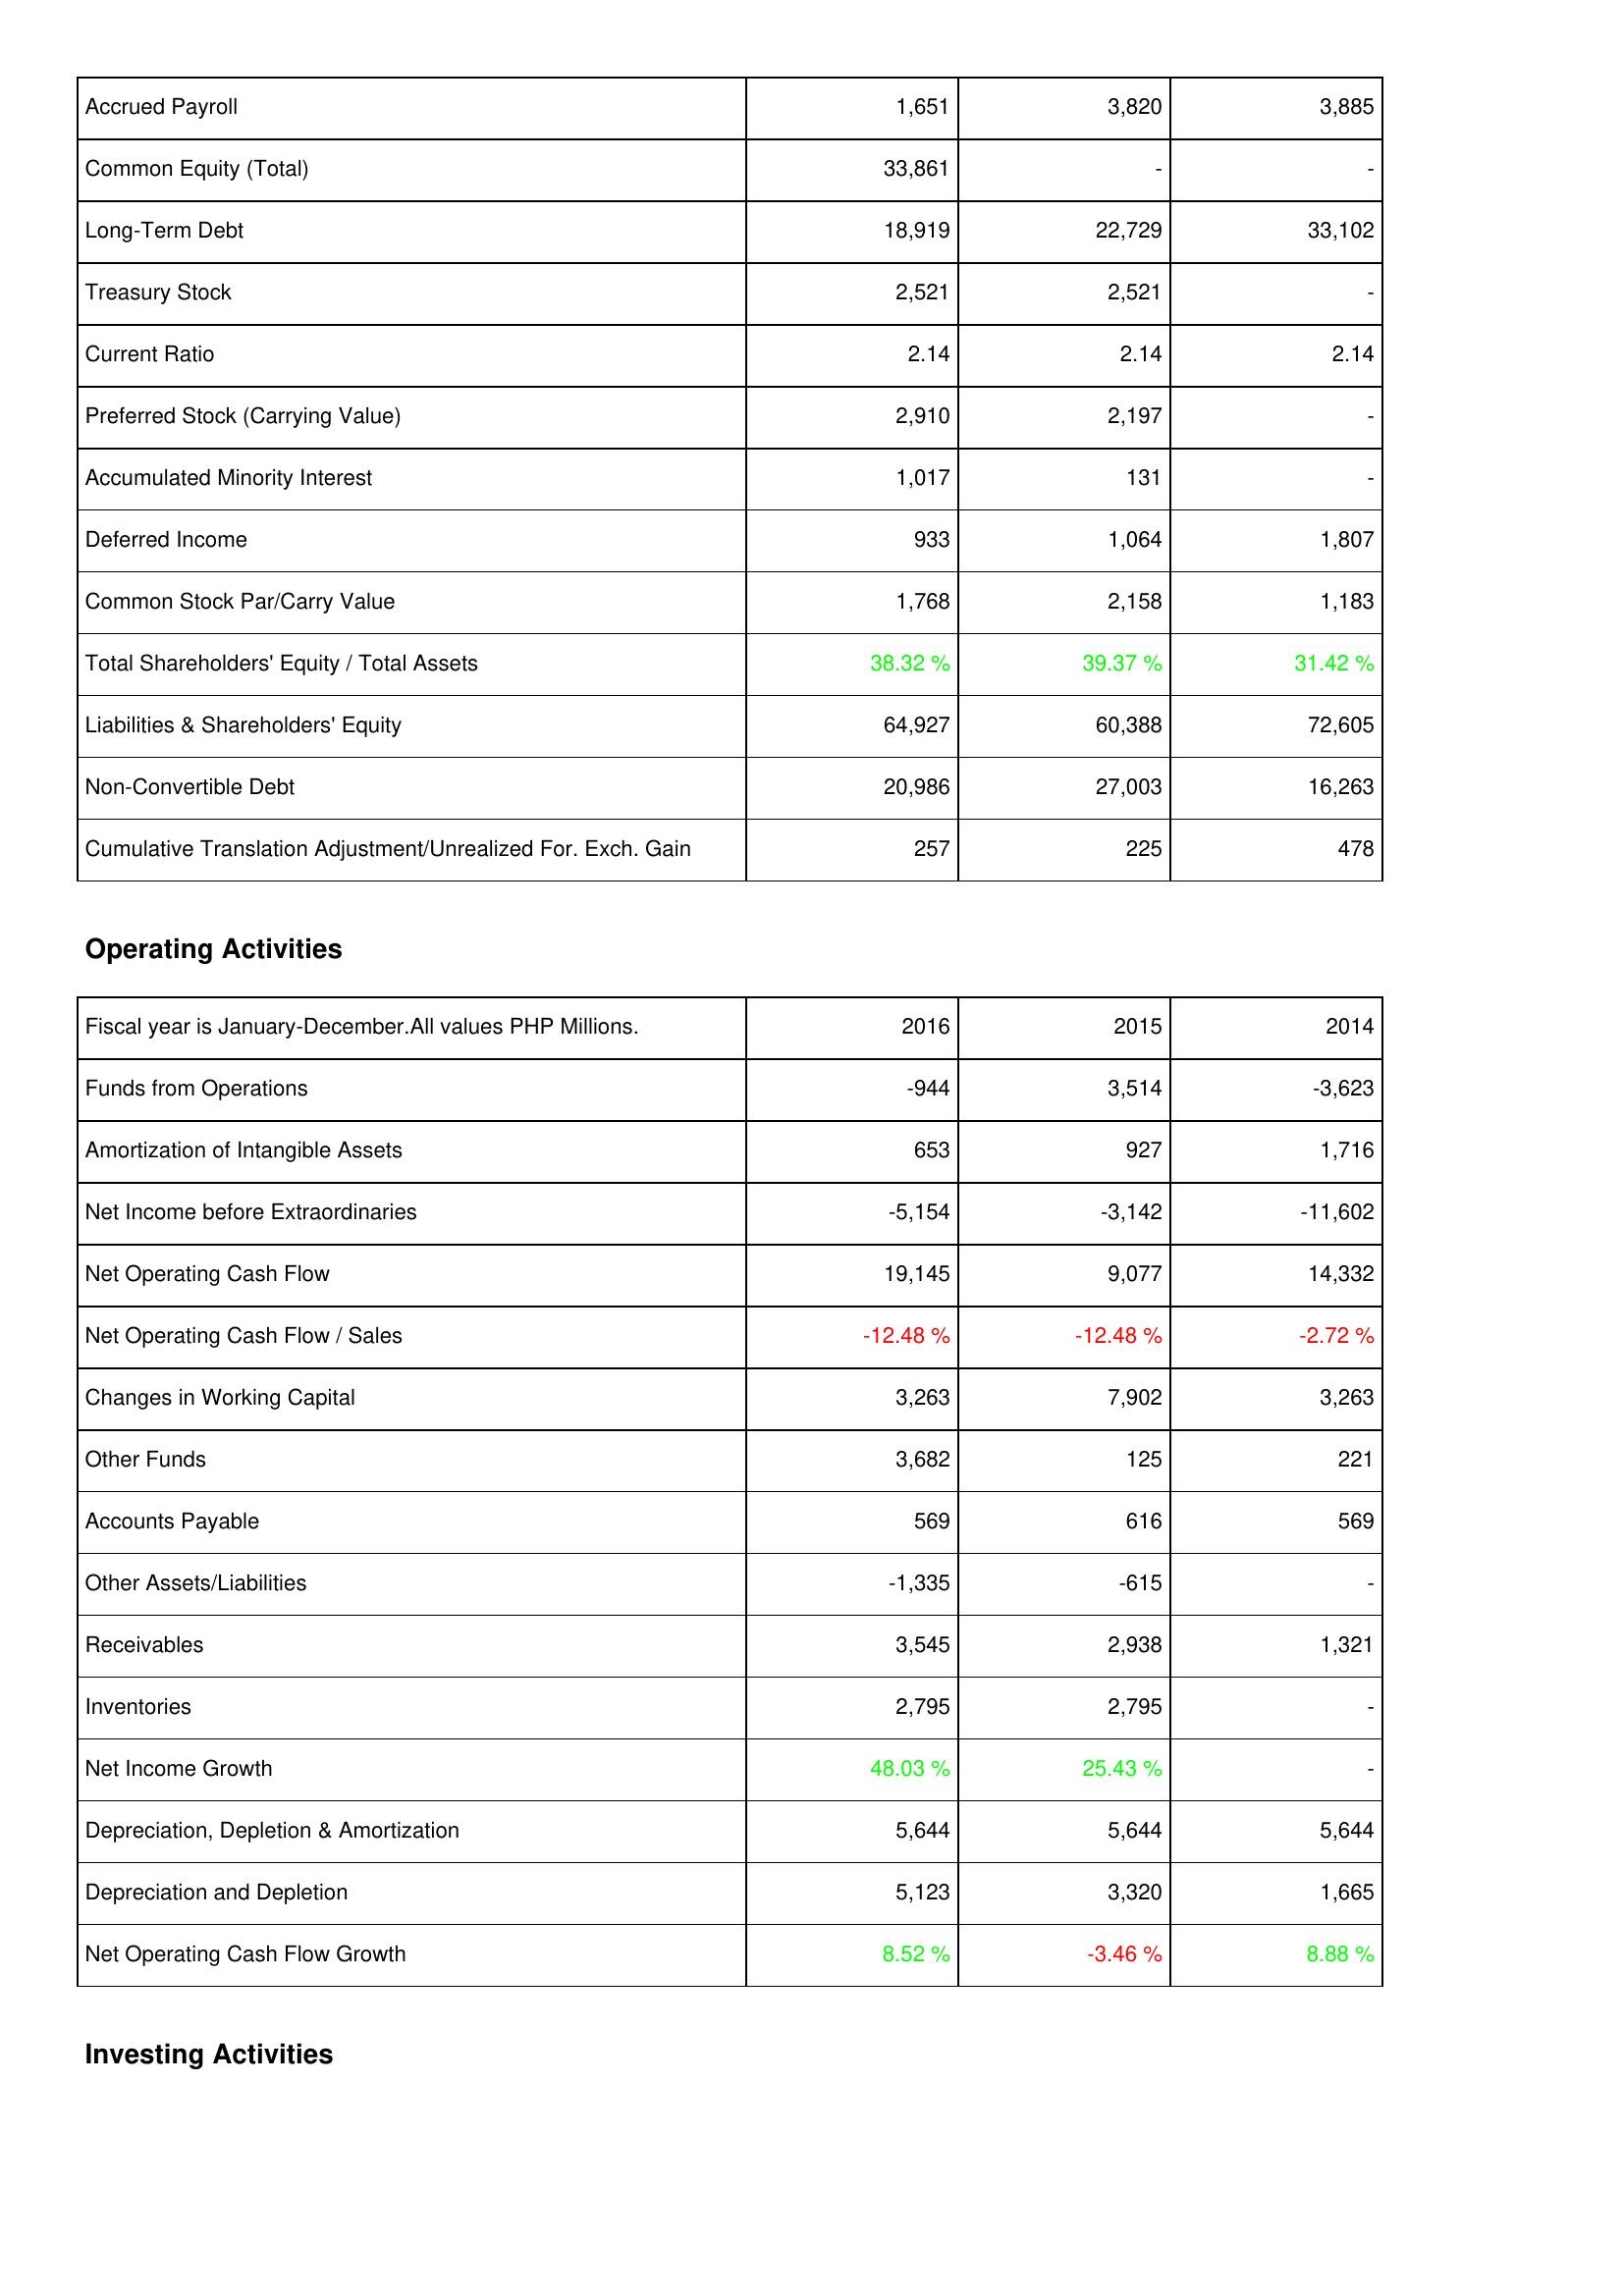
2016: Liabilities & Shareholders' Equity: Accrued Payroll: 1,651
Common Equity (Total): 33,861
Long-Term Debt: 18,919
Treasury Stock: 2,521
Current Ratio: 2.14
Preferred Stock (Carrying Value): 2,910
Accumulated Minority Interest: 1,017
Deferred Income: 933
Common Stock Par/Carry Value: 1,768
Total Shareholders' Equity / Total Assets: 38.32 %
Liabilities & Shareholders' Equity: 64,927
Non-Convertible Debt: 20,986
Cumulative Translation Adjustment/Unrealized For. Exch. Gain: 257
Operating Activities: Funds from Operations: -944
Amortization of Intangible Assets: 653
Net Income before Extraordinaries: -5,154
Net Operating Cash Flow: 19,145
Net Operating Cash Flow / Sales: -12.48 %
Changes in Working Capital: 3,263
Other Funds: 3,682
Accounts Payable: 569
Other Assets/Liabilities: -1,335
Receivables: 3,545
Inventories: 2,795
Net Income Growth: 48.03 %
Depreciation, Depletion & Amortization: 5,644
Depreciation and Depletion: 5,123
Net Operating Cash Flow Growth: 8.52 %
2015: Liabilities & Shareholders' Equity: Accrued Payroll: 3,820
Common Equity (Total): -
Long-Term Debt: 22,729
Treasury Stock: 2,521
Current Ratio: 2.14
Preferred Stock (Carrying Value): 2,197
Accumulated Minority Interest: 131
Deferred Income: 1,064
Common Stock Par/Carry Value: 2,158
Total Shareholders' Equity / Total Assets: 39.37 %
Liabilities & Shareholders' Equity: 60,388
Non-Convertible Debt: 27,003
Cumulative Translation Adjustment/Unrealized For. Exch. Gain: 225
Operating Activities: Funds from Operations: 3,514
Amortization of Intangible Assets: 927
Net Income before Extraordinaries: -3,142
Net Operating Cash Flow: 9,077
Net Operating Cash Flow / Sales: -12.48 %
Changes in Working Capital: 7,902
Other Funds: 125
Accounts Payable: 616
Other Assets/Liabilities: -615
Receivables: 2,938
Inventories: 2,795
Net Income Growth: 25.43 %
Depreciation, Depletion & Amortization: 5,644
Depreciation and Depletion: 3,320
Net Operating Cash Flow Growth: -3.46 %
2014: Liabilities & Shareholders' Equity: Accrued Payroll: 3,885
Common Equity (Total): -
Long-Term Debt: 33,102
Treasury Stock: -
Current Ratio: 2.14
Preferred Stock (Carrying Value): -
Accumulated Minority Interest: -
Deferred Income: 1,807
Common Stock Par/Carry Value: 1,183
Total Shareholders' Equity / Total Assets: 31.42 %
Liabilities & Shareholders' Equity: 72,605
Non-Convertible Debt: 16,263
Cumulative Translation Adjustment/Unrealized For. Exch. Gain: 478
Operating Activities: Funds from Operations: -3,623
Amortization of Intangible Assets: 1,716
Net Income before Extraordinaries: -11,602
Net Operating Cash Flow: 14,332
Net Operating Cash Flow / Sales: -2.72 %
Changes in Working Capital: 3,263
Other Funds: 221
Accounts Payable: 569
Other Assets/Liabilities: -
Receivables: 1,321
Inventories: -
Net Income Growth: -
Depreciation, Depletion & Amortization: 5,644
Depreciation and Depletion: 1,665
Net Operating Cash Flow Growth: 8.88 %